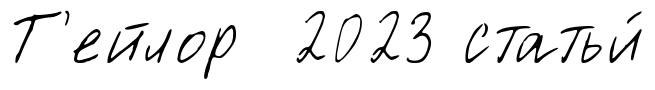
Т'ейлор 2023 статьи́